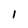
Character: 1